Source: Handwritten
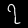
Digit: ၇ (7)